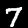
Label: 7